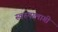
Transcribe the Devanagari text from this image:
स्वरुपालागी